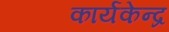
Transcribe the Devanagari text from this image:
कार्यकेन्द्र